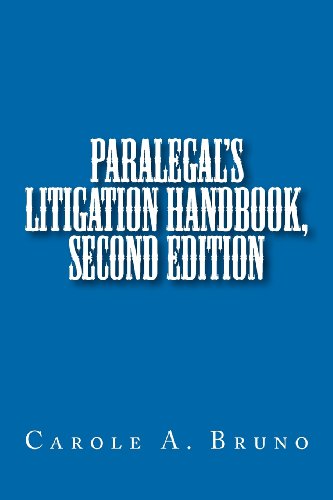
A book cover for Paralegal's Litigation Handbook, second edition; Ms. Carole Anne Bruno; Law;